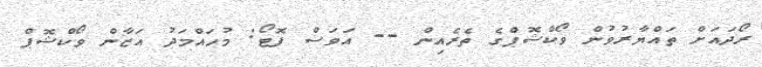
ރޯދައަށް ތައްޔާރުވުން ވޯކްޝޮޕްގެ ތެރެއިން -- އަވަސް ފޮޓޯ: މުހައްމަދު އަޒާން ވޯކްޝޮޕް